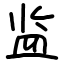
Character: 监